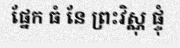
ផ្នែក ធំ នែ ព្រះវិស្ណុ ផ្ទុំ